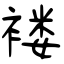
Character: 褛